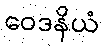
ဝေဒနိယံ